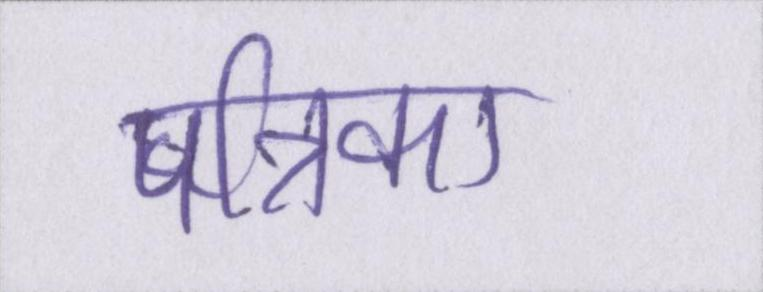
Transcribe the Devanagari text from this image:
पत्रिका